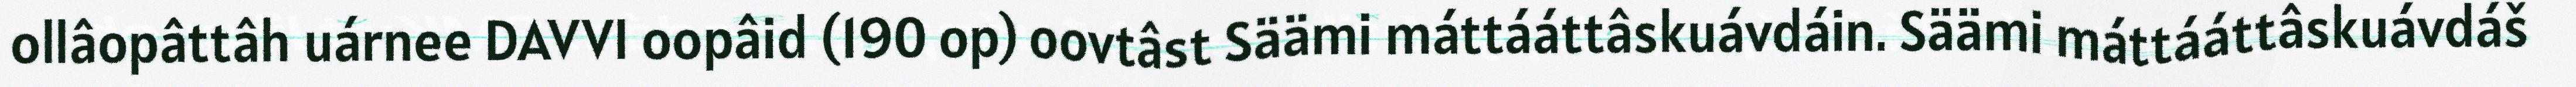
ollâopâttâh uárnee DAVVI oopâid (190 op) oovtâst Säämi máttááttâskuávdáin. Säämi máttááttâskuávdáš